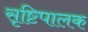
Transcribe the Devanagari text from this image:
सृष्टिपालक